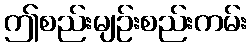
ဤစည်းမျဉ်းစည်းကမ်း